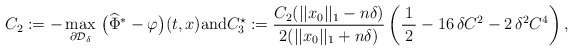
\begin{align*}C_2:= - \max_{\partial \mathcal{D}_{\delta}} \, \big({\widehat{\Phi}}^* - \varphi \big)(t,x) {\mathrm{and}}C^{\star}_3:=\frac{C_2(||x_0||_1 - n\delta)}{2(||x_0||_1 + n\delta)}\left(\frac{1}{\,2\,}-16\, \delta C^2-2\, \delta^2 C^4\right),\end{align*}